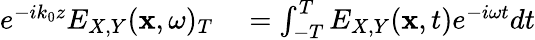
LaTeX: \begin{array}{rl}{e^{-ik_{0}z}E_{X,Y}({\mathbf x},\omega)_{T}}&{{}=\int_{-T}^{T}E_{X,Y}({\mathbf x},t)e^{-i\omega t}dt}\end{array}